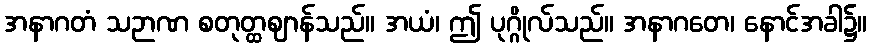
အနာဂတံ သဉာဏ စတုတ္ထဈာန်သည်။ အယံ၊ ဤ ပုဂ္ဂိုလ်သည်။ အနာဂတေ၊ နောင်အခါ၌။